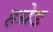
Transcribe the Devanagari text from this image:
हग्रेड